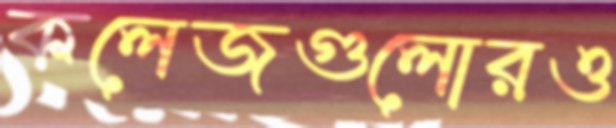
কলেজগুলোরও